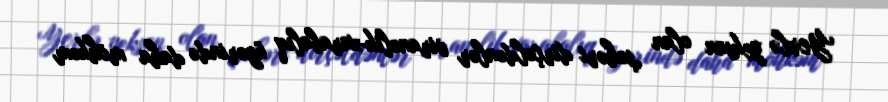
Yerlə yeksan olan şəhəri dirçəldənlər viranəlik-xarabalıq üzərində daha möhkəm